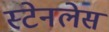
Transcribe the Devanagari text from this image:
स्‍टेनलेस